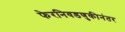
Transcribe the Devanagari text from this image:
फेरनिवडणुकीनंतर